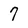
Character: 7